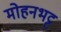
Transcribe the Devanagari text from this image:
मोहनभट्ट